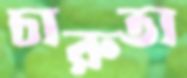
চারুতা